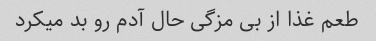
طعم غذا از بی مزگی حال آدم رو بد میکرد